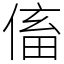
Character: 傗